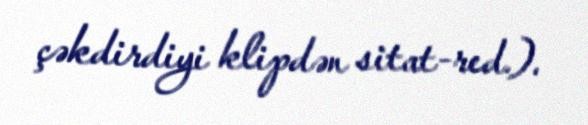
çəkdirdiyi klipdən sitat-red.).